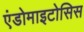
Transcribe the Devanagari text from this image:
एंडोमाइटोसिस